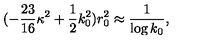
( - \frac { 2 3 } { 1 6 } \kappa ^ { 2 } + \frac 1 2 k _ { 0 } ^ { 2 } ) r _ { 0 } ^ { 2 } \approx \frac { 1 } { \log k _ { 0 } } ,